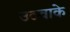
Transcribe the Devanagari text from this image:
उठवाके